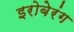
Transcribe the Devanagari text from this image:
इरोबेरंग